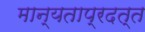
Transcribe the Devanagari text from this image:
मान्यताप्रदत्त